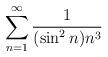
LaTeX: \begin{align*}\sum \limits_{n=1}^{\infty}\frac{1}{(\sin^2n) n^3}\end{align*}